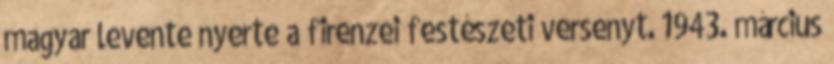
magyar levente nyerte a firenzei festészeti versenyt. 1943. március